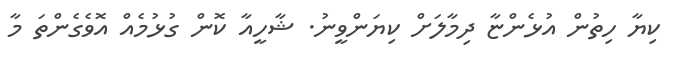
ކިޔާ ހިތުން އުޅެންޏާ ދިމާލަށް ކިޔަންވީނު. ޝާހީއާ ކޮން ގުޅުމެއް އޮވެގެންތަ މާ